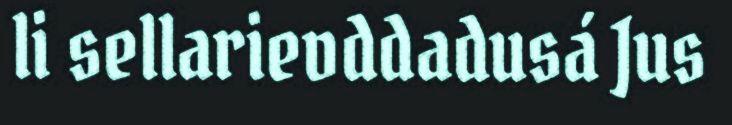
li sellarievddadusá Jus